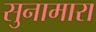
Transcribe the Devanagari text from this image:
सुनामारा